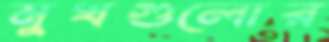
মুখগুলোর